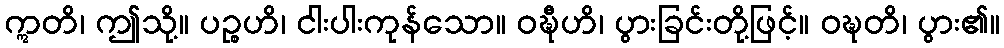
ဣတိ၊ ဤသို့။ ပဉ္စဟိ၊ ငါးပါးကုန်သော။ ဝဍ္ဎီဟိ၊ ပွားခြင်းတို့ဖြင့်။ ဝဍ္ဎတိ၊ ပွား၏။